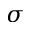
\sigma